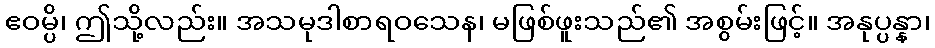
ဧဝမ္ပိ၊ ဤသို့လည်း။ အသမုဒါစာရဝသေန၊ မဖြစ်ဖူးသည်၏ အစွမ်းဖြင့်။ အနုပ္ပန္နာ၊